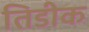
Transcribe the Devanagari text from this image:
तिडीक